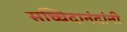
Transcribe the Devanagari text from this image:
सच्चिदानंदांनी